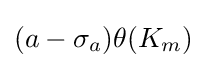
(a-\sigma _{a})\theta (K_{m})